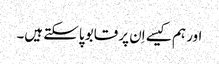
اور ہم کیسے اِن پر قابو پاسکتے ہیں۔